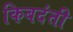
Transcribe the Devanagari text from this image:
किबदंती